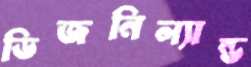
ডিজনিল্যান্ড